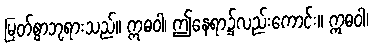
မြတ်စွာဘုရားသည်။ ဣဓဝါ၊ ဤနေရာ၌လည်းကောင်း။ ဣဓဝါ၊